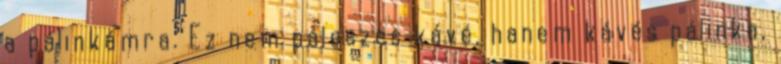
a pálinkámra. Ez nem páleszes kávé, hanem kávés pálinka,